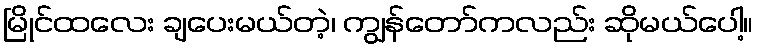
မြိုင်ထလေး ချပေးမယ်တဲ့၊ ကျွန်တော်ကလည်း ဆိုမယ်ပေါ့။